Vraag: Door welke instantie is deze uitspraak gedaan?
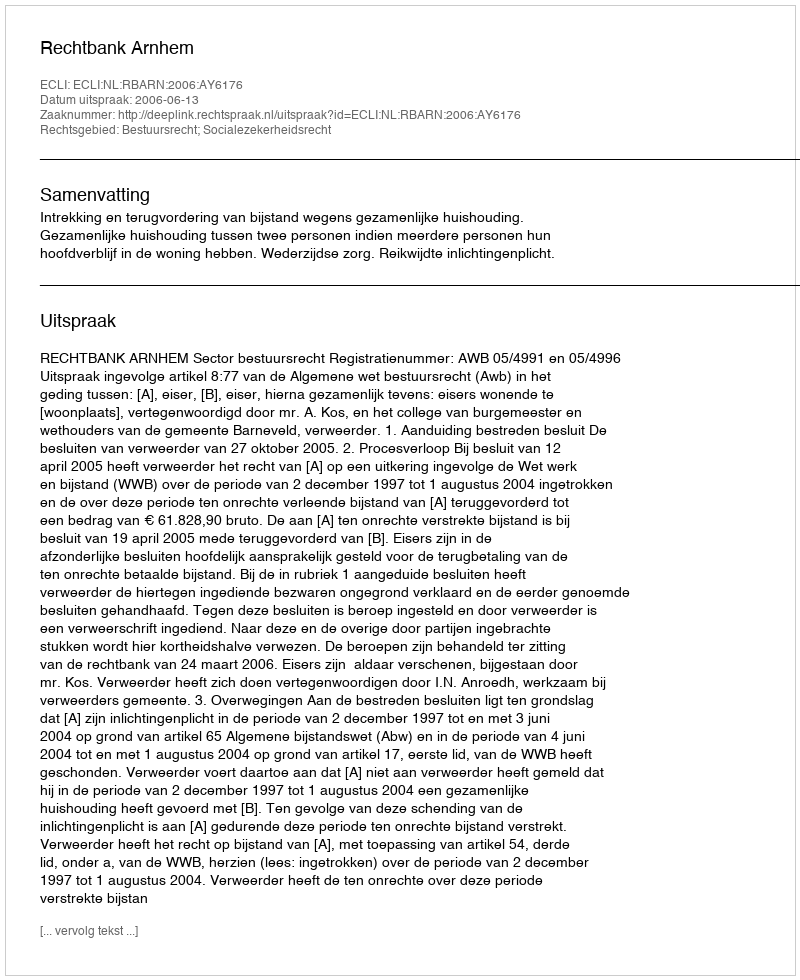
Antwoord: Rechtbank Arnhem